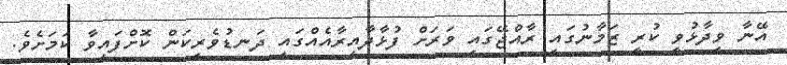
އޭނާ ވިދާޅުވީ ކުރީ ޒަމާނުގައި ރާއްޖޭގައި ވަރަށް ފުޅާދާއިރާއެއްގައި ދަނޑުވެރިކަން ކޮށްފައިވާ ކަމަށެވެ.